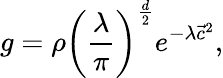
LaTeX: g=\rho\left(\frac{\lambda}{\pi}\right)^{\frac{d}{2}}e^{-\lambda{\vec{c}}^{2}},